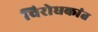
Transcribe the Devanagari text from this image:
विरोधकांत